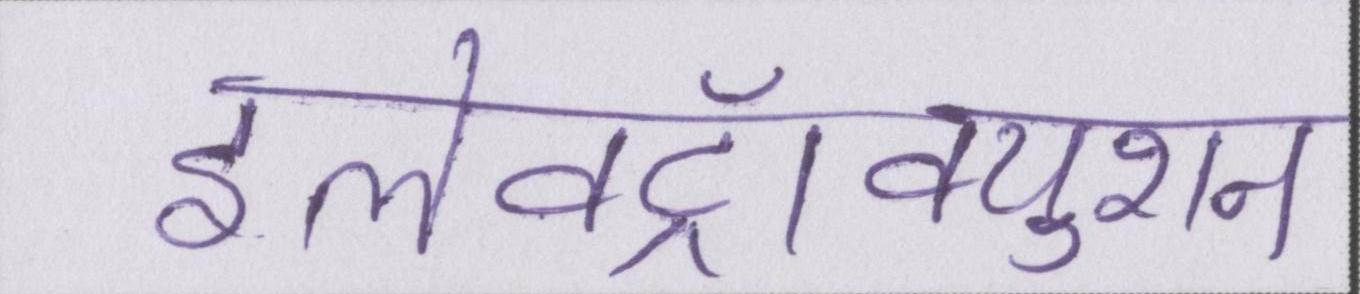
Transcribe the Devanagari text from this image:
इलेक्ट्रॉक्युशन